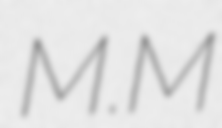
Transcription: M.M